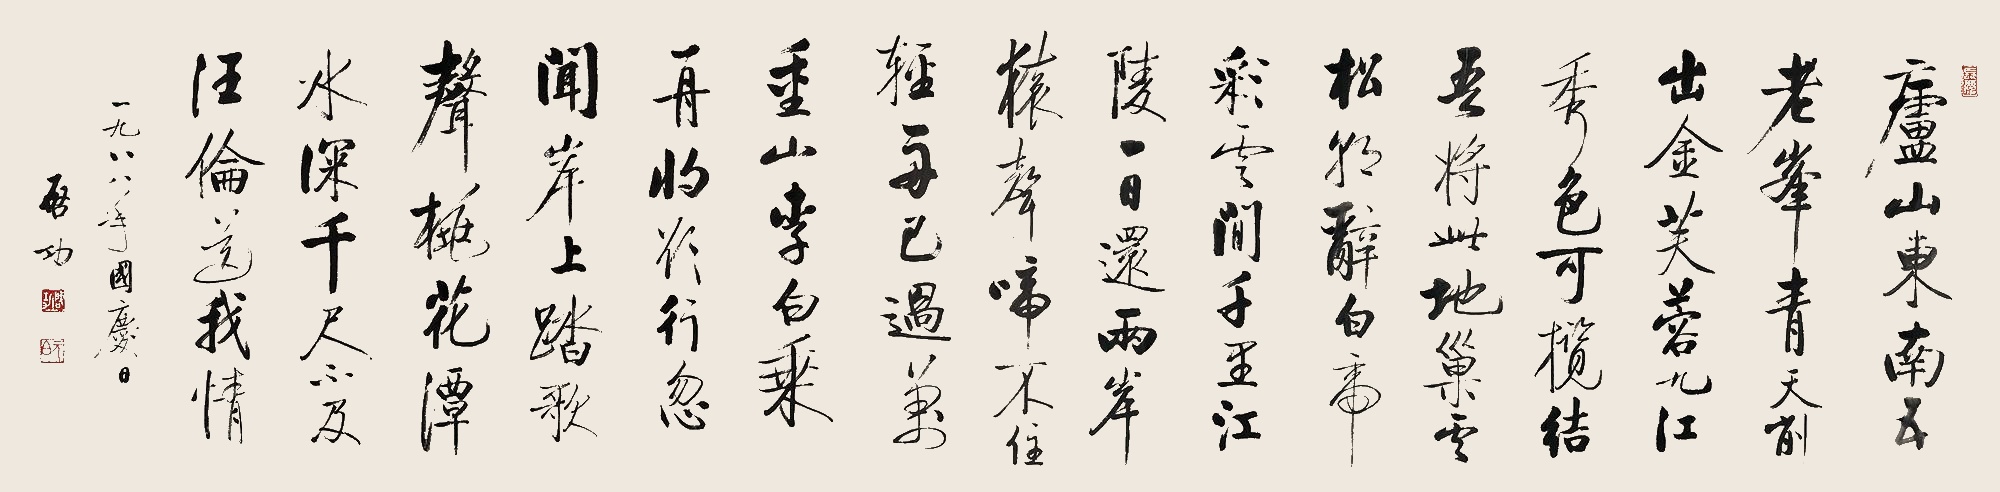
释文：庐山东南五老峰，青天削出金芙蓉。九江秀色可揽结，吾将此地巢云松。朝辞白帝彩云间，千里江陵一日还。两岸猿声啼不住，轻舟已过万重山。李白乘舟将欲行，忽闻岸上踏歌声。桃花潭水深千尺，不及汪伦送我情。一九八八年国庆日，启功。